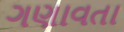
ગણાવતા